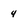
Character: 4